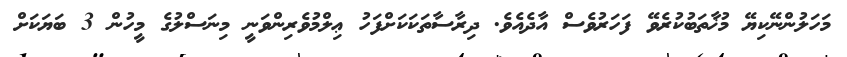
މަހަލުންނޭކިޔޭ މުޚާތަބުުކުރެވޭ ފަހަރުވެސް އާދެއެވެ. ދިރާސާތަކަކަށްފަހު ޢިލްމުވެރިންވަނީ މިނަސްލުގެ މީހުން 3 ބަޔަކަށް